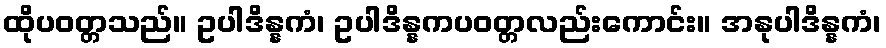
ထိုပဝတ္တသည်။ ဥပါဒိန္နကံ၊ ဥပါဒိန္နကပဝတ္တလည်းကောင်း။ အနုပါဒိန္နကံ၊